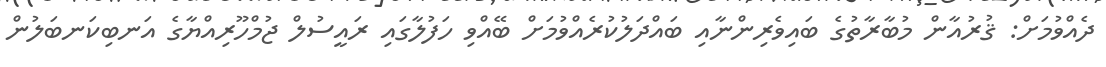
ދެއްވުމަށް: ޤުރުއާން މުބާރާތުގެ ބައިވެރިންނާއި ބައްދަލުކުރެއްވުމަށް ބޭއްވި ހަފުލާގައި ރައީސުލް ޖުމްހޫރިއްޔާގެ އަނބިކަނބަލުން